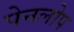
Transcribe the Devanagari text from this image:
पेनलोप